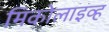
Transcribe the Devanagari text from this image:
मिकोलाइव्ह